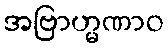
အဗြာဟ္မဏာဝ